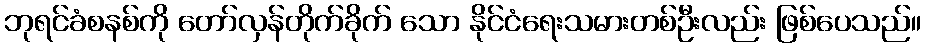
ဘုရင်ခံစနစ်ကို တော်လှန်တိုက်ခိုက် သော နိုင်ငံရေးသမားတစ်ဦးလည်း ဖြစ်ပေသည်။